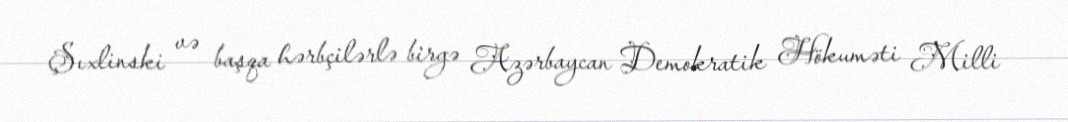
Şıxlinski və başqa hərbçilərlə birgə Azərbaycan Demokratik Hökuməti Milli